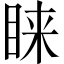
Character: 睐